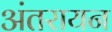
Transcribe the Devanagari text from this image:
अंतरायन